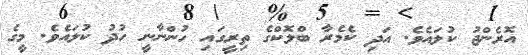
އޮރެންޖު ކުލައެވެ. އަދި ކެމެރާ ބްލޮކްގެ ތިރީގައި ހުންނާނީ ހުދު ކުލައެވެ. މީގެ